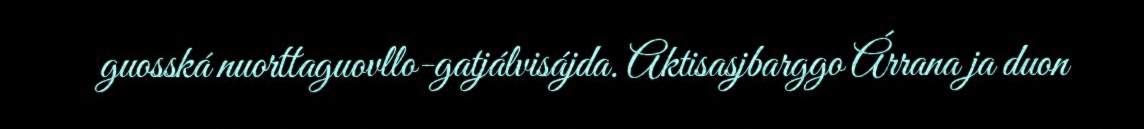
guosská nuorttaguovllo-gatjálvisájda. Aktisasjbarggo Árrana ja duon